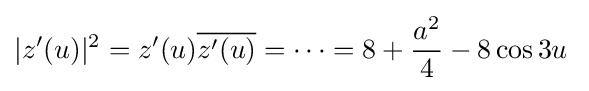
|z'(u)|^{2}=z'(u){\overline {z'(u)}}=\cdots =8+{\frac {a^{2}}{4}}-8\cos 3u\;